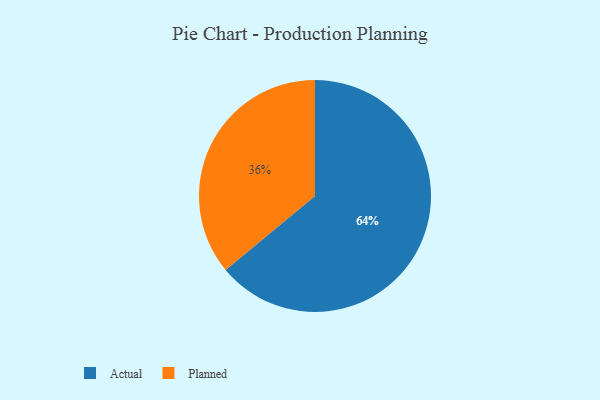
{"axis": {"x": "Category", "y": "Percentage"}, "legend": ["Actual", "Planned"], "data": [{"x": "Actual", "y": 64, "type": "Actual"}, {"x": "Planned", "y": 36, "type": "Planned"}]}